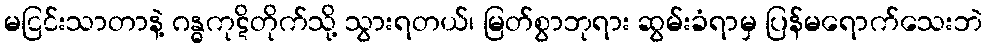
မငြင်းသာတာနဲ့ ဂန္ဓကုဋိတိုက်သို့ သွားရတယ်၊ မြတ်စွာဘုရား ဆွမ်းခံရာမှ ပြန်မရောက်သေးဘဲ